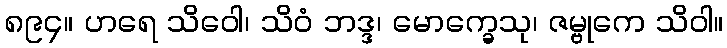
၈၉၄။ ဟရေ သိဝေါ၊ သိဝံ ဘဒ္ဒ၊ မောက္ခေသု၊ ဇမ္ဗုကေ သိဝါ။